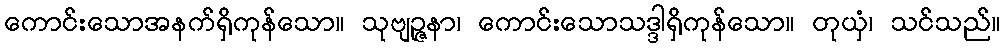
ကောင်းသောအနက်ရှိကုန်သော။ သုဗျဉ္ဇနာ၊ ကောင်းသောသဒ္ဒါရှိကုန်သော။ တုယှံ၊ သင်သည်။